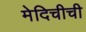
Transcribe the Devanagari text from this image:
मेदिचीची